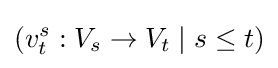
(v_{t}^{s}:V_{s}\to V_{t}\mid s\leq t)